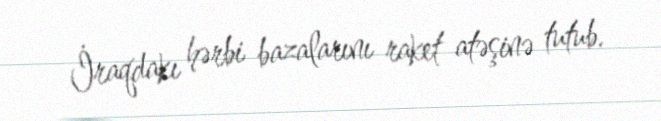
İraqdakı hərbi bazalarını raket atəşinə tutub.